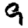
Digit: 9